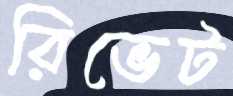
রিভেট